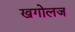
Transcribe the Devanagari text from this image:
खगोलज